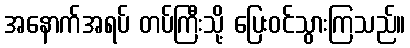
အနောက်အရပ် တပ်ကြီးသို့ ပြေးဝင်သွားကြသည်။